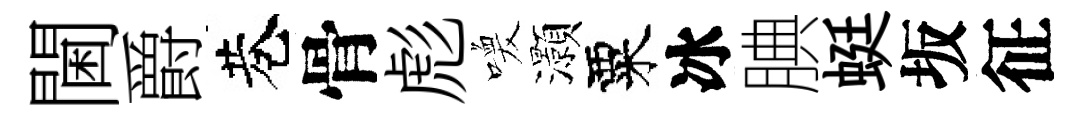
閫爵巷骨彪喚灝粟冰腆蜓坂征